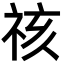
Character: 𮁷